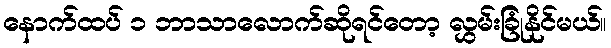
နောက်ထပ် ၁ ဘာသာလောက်ဆိုရင်တော့ လွှမ်းခြုံနိုင်မယ်။